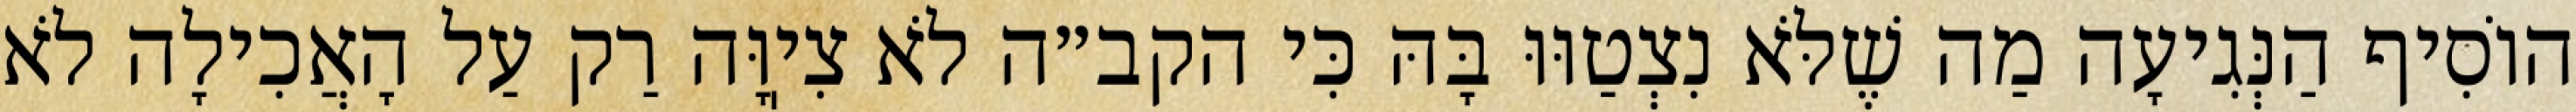
הוֹסִיף הַנְּגִיעָה מַה שֶׁלֹּא נִצְטַוּוּ בָּהּ כִּי הקב״ה לֹא צִיֽוָּה רַק עַל הָאֲכִילָה לֹא